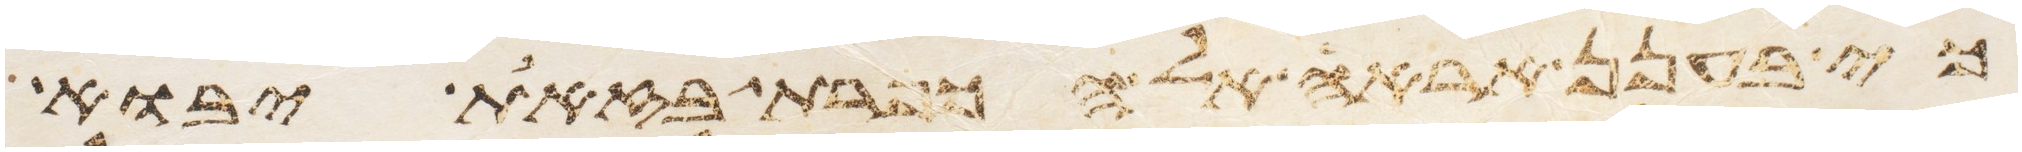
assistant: כי בענן אראה אל הכפרת בזאת יבוא